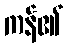
ကန်၏